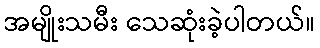
အမျိုးသမီး သေဆုံးခဲ့ပါတယ်။